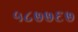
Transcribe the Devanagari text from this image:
५८७७६७